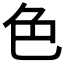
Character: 色